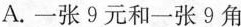
A.一张9元和一张9角